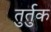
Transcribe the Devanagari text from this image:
तुर्तुक